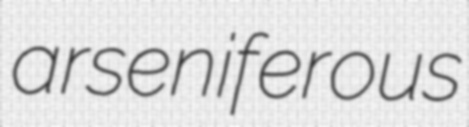
arseniferous